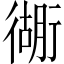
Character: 衚